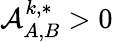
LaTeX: \mathcal{A}_{A,B}^{k,*}>0